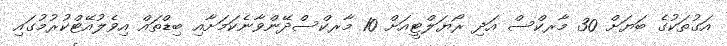
އަގުތަކުގެ ބަޔަށް 30 މާރކްސް އަދި ރޯޔަލްޓީއަށް 10 މާރކްސްދޭންވާނެކަމަށާއި ބިޑްތައް އިވެލުއޭޓްކުރުމުގައި